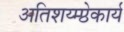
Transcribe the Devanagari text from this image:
अतिशय्म्प्ठेकार्य